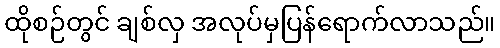
ထိုစဉ်တွင် ချစ်လှ အလုပ်မှပြန်ရောက်လာသည်။